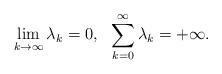
LaTeX: \begin{align*}\lim_{k\to\infty}\lambda_k=0,\ \ \sum_{k=0}^{\infty}\lambda_k=+\infty.\end{align*}